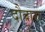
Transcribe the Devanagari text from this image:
दौबारा